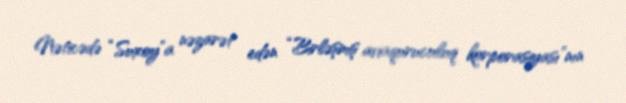
Nəticədə “Suxoy”a nəzarət edən “Birləşmiş aviaquruculuq korporasiyası”nın